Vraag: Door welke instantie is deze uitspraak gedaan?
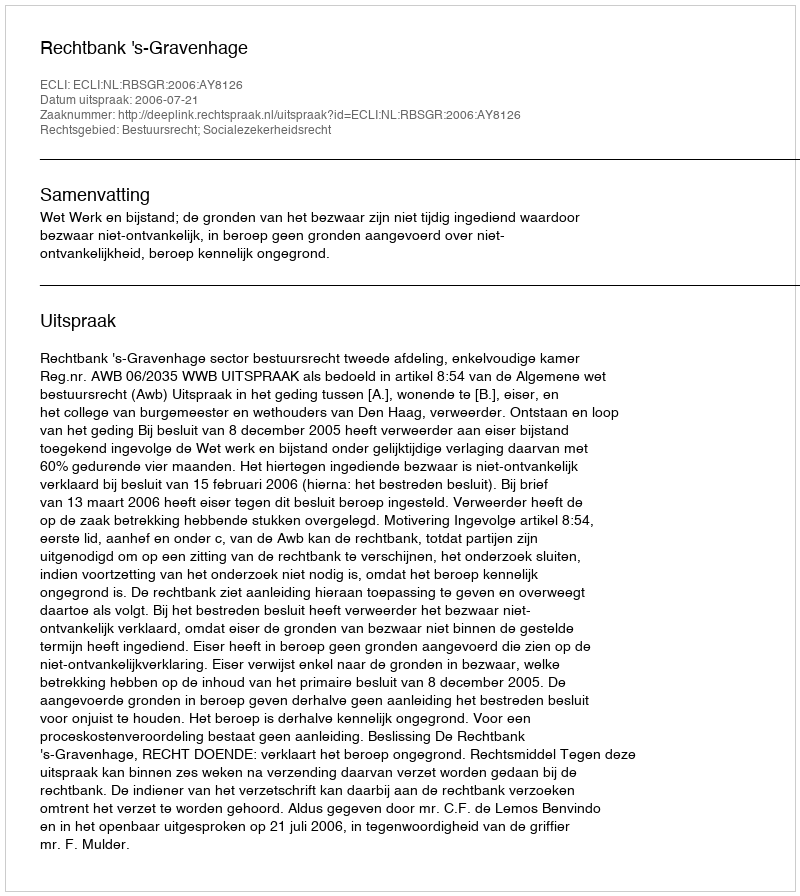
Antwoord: Rechtbank 's-Gravenhage